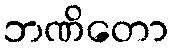
ဘဏိတော